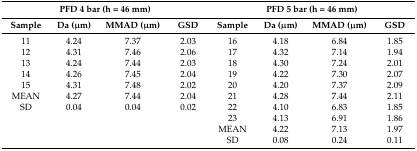
| <COLSPAN=4> PFD 4 bar (h = 46 mm) | <COLSPAN=4> PFD 5 bar (h = 46 mm) |
 | Sample | Da (μm) | MMAD (μm) | GSD | Sample | Da (μm) | MMAD (μm) | GSD |
 | --- | --- | --- | --- | --- | --- | --- | --- |
 | 11 | 4.24 | 7.37 | 2.03 | 16 | 4.18 | 6.84 | 1.85 |
 | 12 | 4.31 | 7.46 | 2.06 | 17 | 4.32 | 7.14 | 1.94 |
 | 13 | 4.24 | 7.44 | 2.03 | 18 | 4.30 | 7.24 | 2.01 |
 | 14 | 4.26 | 7.45 | 2.04 | 19 | 4.22 | 7.30 | 2.07 |
 | 15 | 4.31 | 7.48 | 2.02 | 20 | 4.20 | 7.37 | 2.09 |
 | MEAN | 4.27 | 7.44 | 2.04 | 21 | 4.28 | 7.44 | 2.11 |
 | SD | 0.04 | 0.04 | 0.02 | 22 | 4.10 | 6.83 | 1.85 |
 | <COLSPAN=4>  | 23 | 4.13 | 6.91 | 1.86 |
 | <COLSPAN=4>  | MEAN | 4.22 | 7.13 | 1.97 |
 | <COLSPAN=4>  | SD | 0.08 | 0.24 | 0.11 |